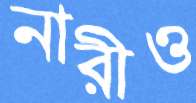
নারীও